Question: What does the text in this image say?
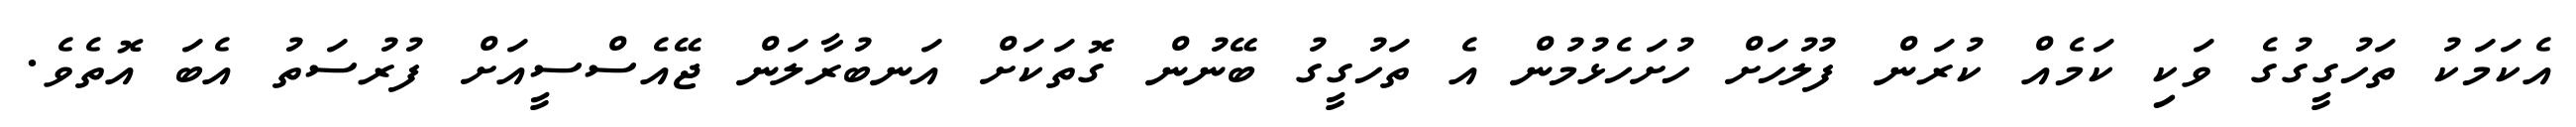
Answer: އެކަމަކު ތަހުގީގުގެ ވަކި ކަމެއް ކުރަން ފުލުހަށް ހުށަހެޅުމުން އެ ތަހުގީގު ބޭނުން ގޮތަކަށް އަނބުރާލަން ޖޭއެސްސީއަށް ފުރުސަތު އެބަ އޮތެވެ.